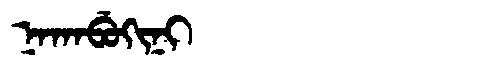
Manchu: ᠨᠠᡴᠠᠪᡠᡴᡳᠨᡳ
Romanization: NAKABUKINI